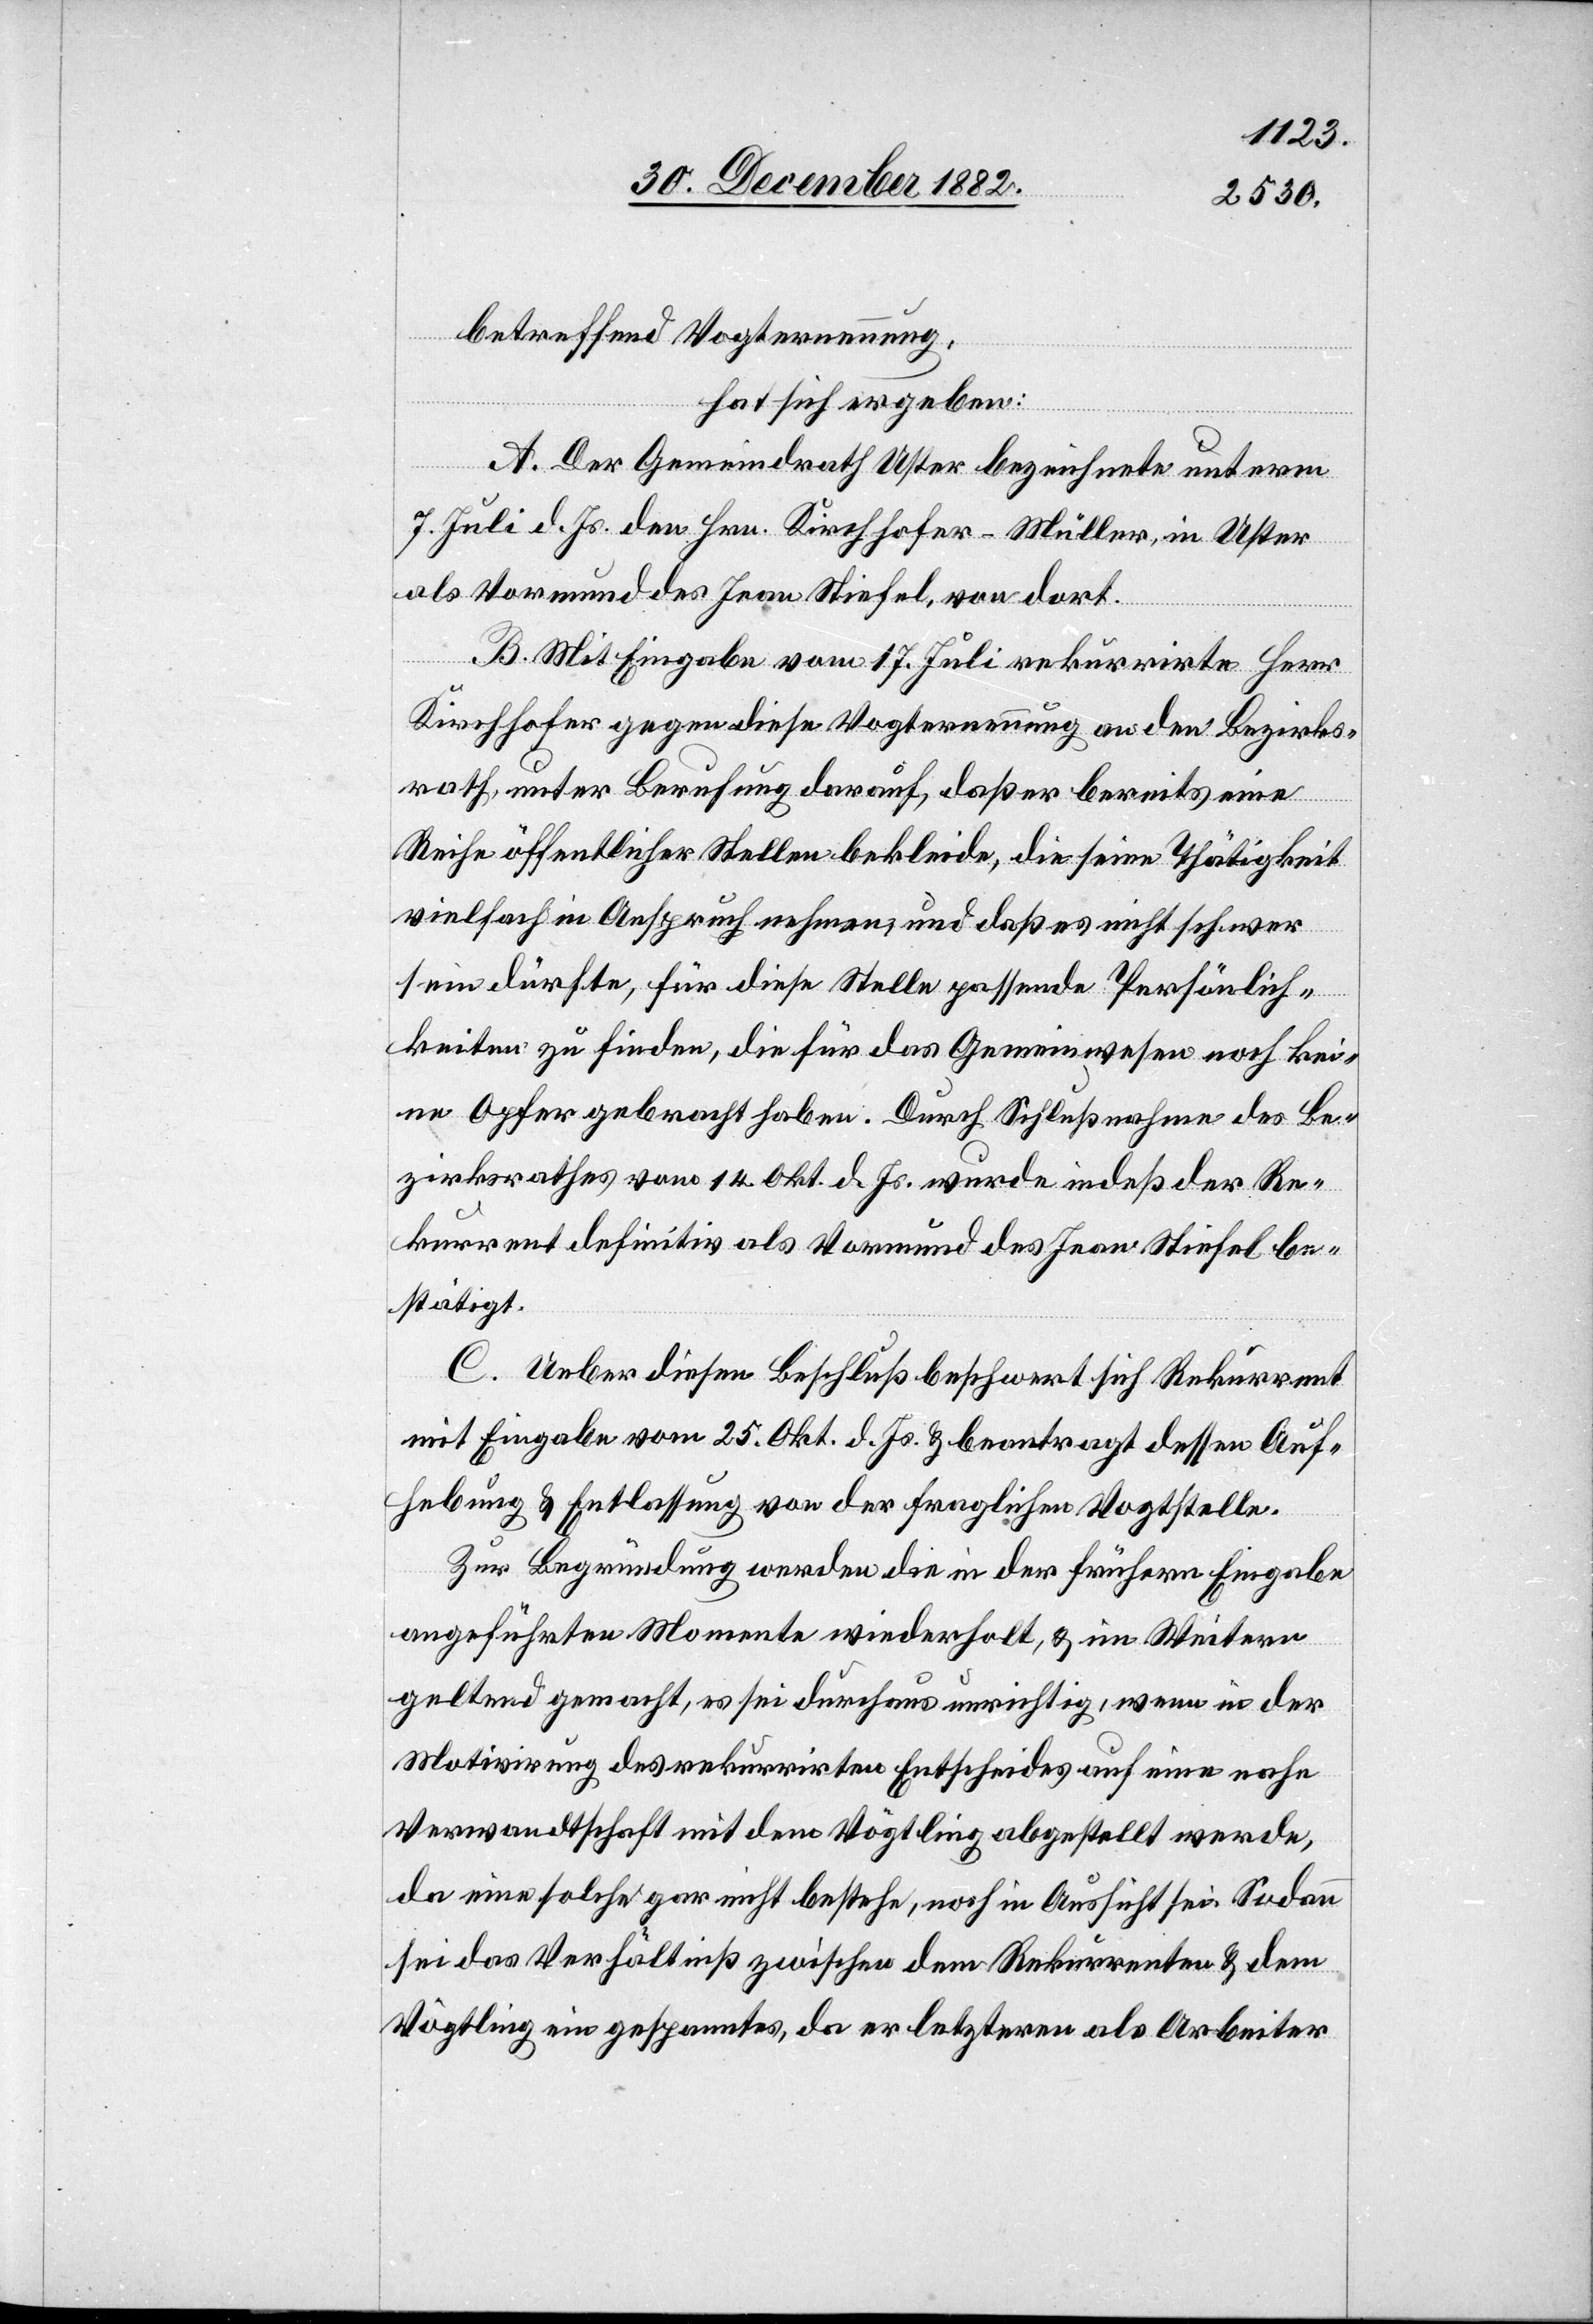
betreffend Vogternennung,
hat sich ergeben:
A. Der Gemeindrath Uster bezeichnete unterm
7. Juli d. Js. den Hrn. Kirchhofer-Müller, in Uster
als Vormund des Jean Stiefel, von dort.
B. Mit Eingabe vom 17. Juli rekurrirte Herr
Kirchhofer gegen diese Vogternennung an den Bezirks¬
rath, unter Berufung darauf, daß er bereits eine
Reihe öffentlicher Stellen bekleide, die seine Thätigkeit
vielfach in Anspruch nehmen, und daß es nicht schwer
sein dürfte, für diese Stelle passende Persönlich¬
keiten zu finden, die für das Gemeinwesen noch kei¬
ne Opfer gebracht haben. Durch Schlußnahme des Be¬
zirksrathes vom 14. Okt. d. Js. wurde indeß der Re¬
kurrent definitiv als Vormund des Jean Stiefel be¬
stätigt.
C. Ueber diesen Beschluß beschwert sich Rekurrent
mit Eingabe vom 25. Okt. d. Js. & beantragt dessen Auf¬
hebung & Entlassung von der fraglichen Vogtstelle.
Zur Begründung werden die in den frühern Eingabe
angeführten Momente wiederholt, & im Weitern
geltend gemacht, es sei durchaus unrichtig, wenn in der
Motivirung des rekurrirten Entscheides auf eine nahe
Verwandtschaft mit dem Vögtling abgestellt werde,
da eine solche gar nicht bestehe, noch in Aussicht sei. Sodann
sei das Verhältniß zwischen dem Rekurrenten & dem
Vögtling ein gespanntes, da er letzteren als Arbeiter